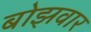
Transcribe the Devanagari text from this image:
बोझवार